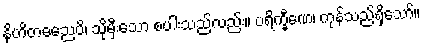
နိဟိတဓညေပိ၊ သိုမှီးသော စပါးသည်လည်း။ ပရိက္ခီဏေ၊ ကုန်သည်ရှိသော်။